65_HS1-834228961_62-HQ-83894_Section_9
Agency: FBI
Page 92
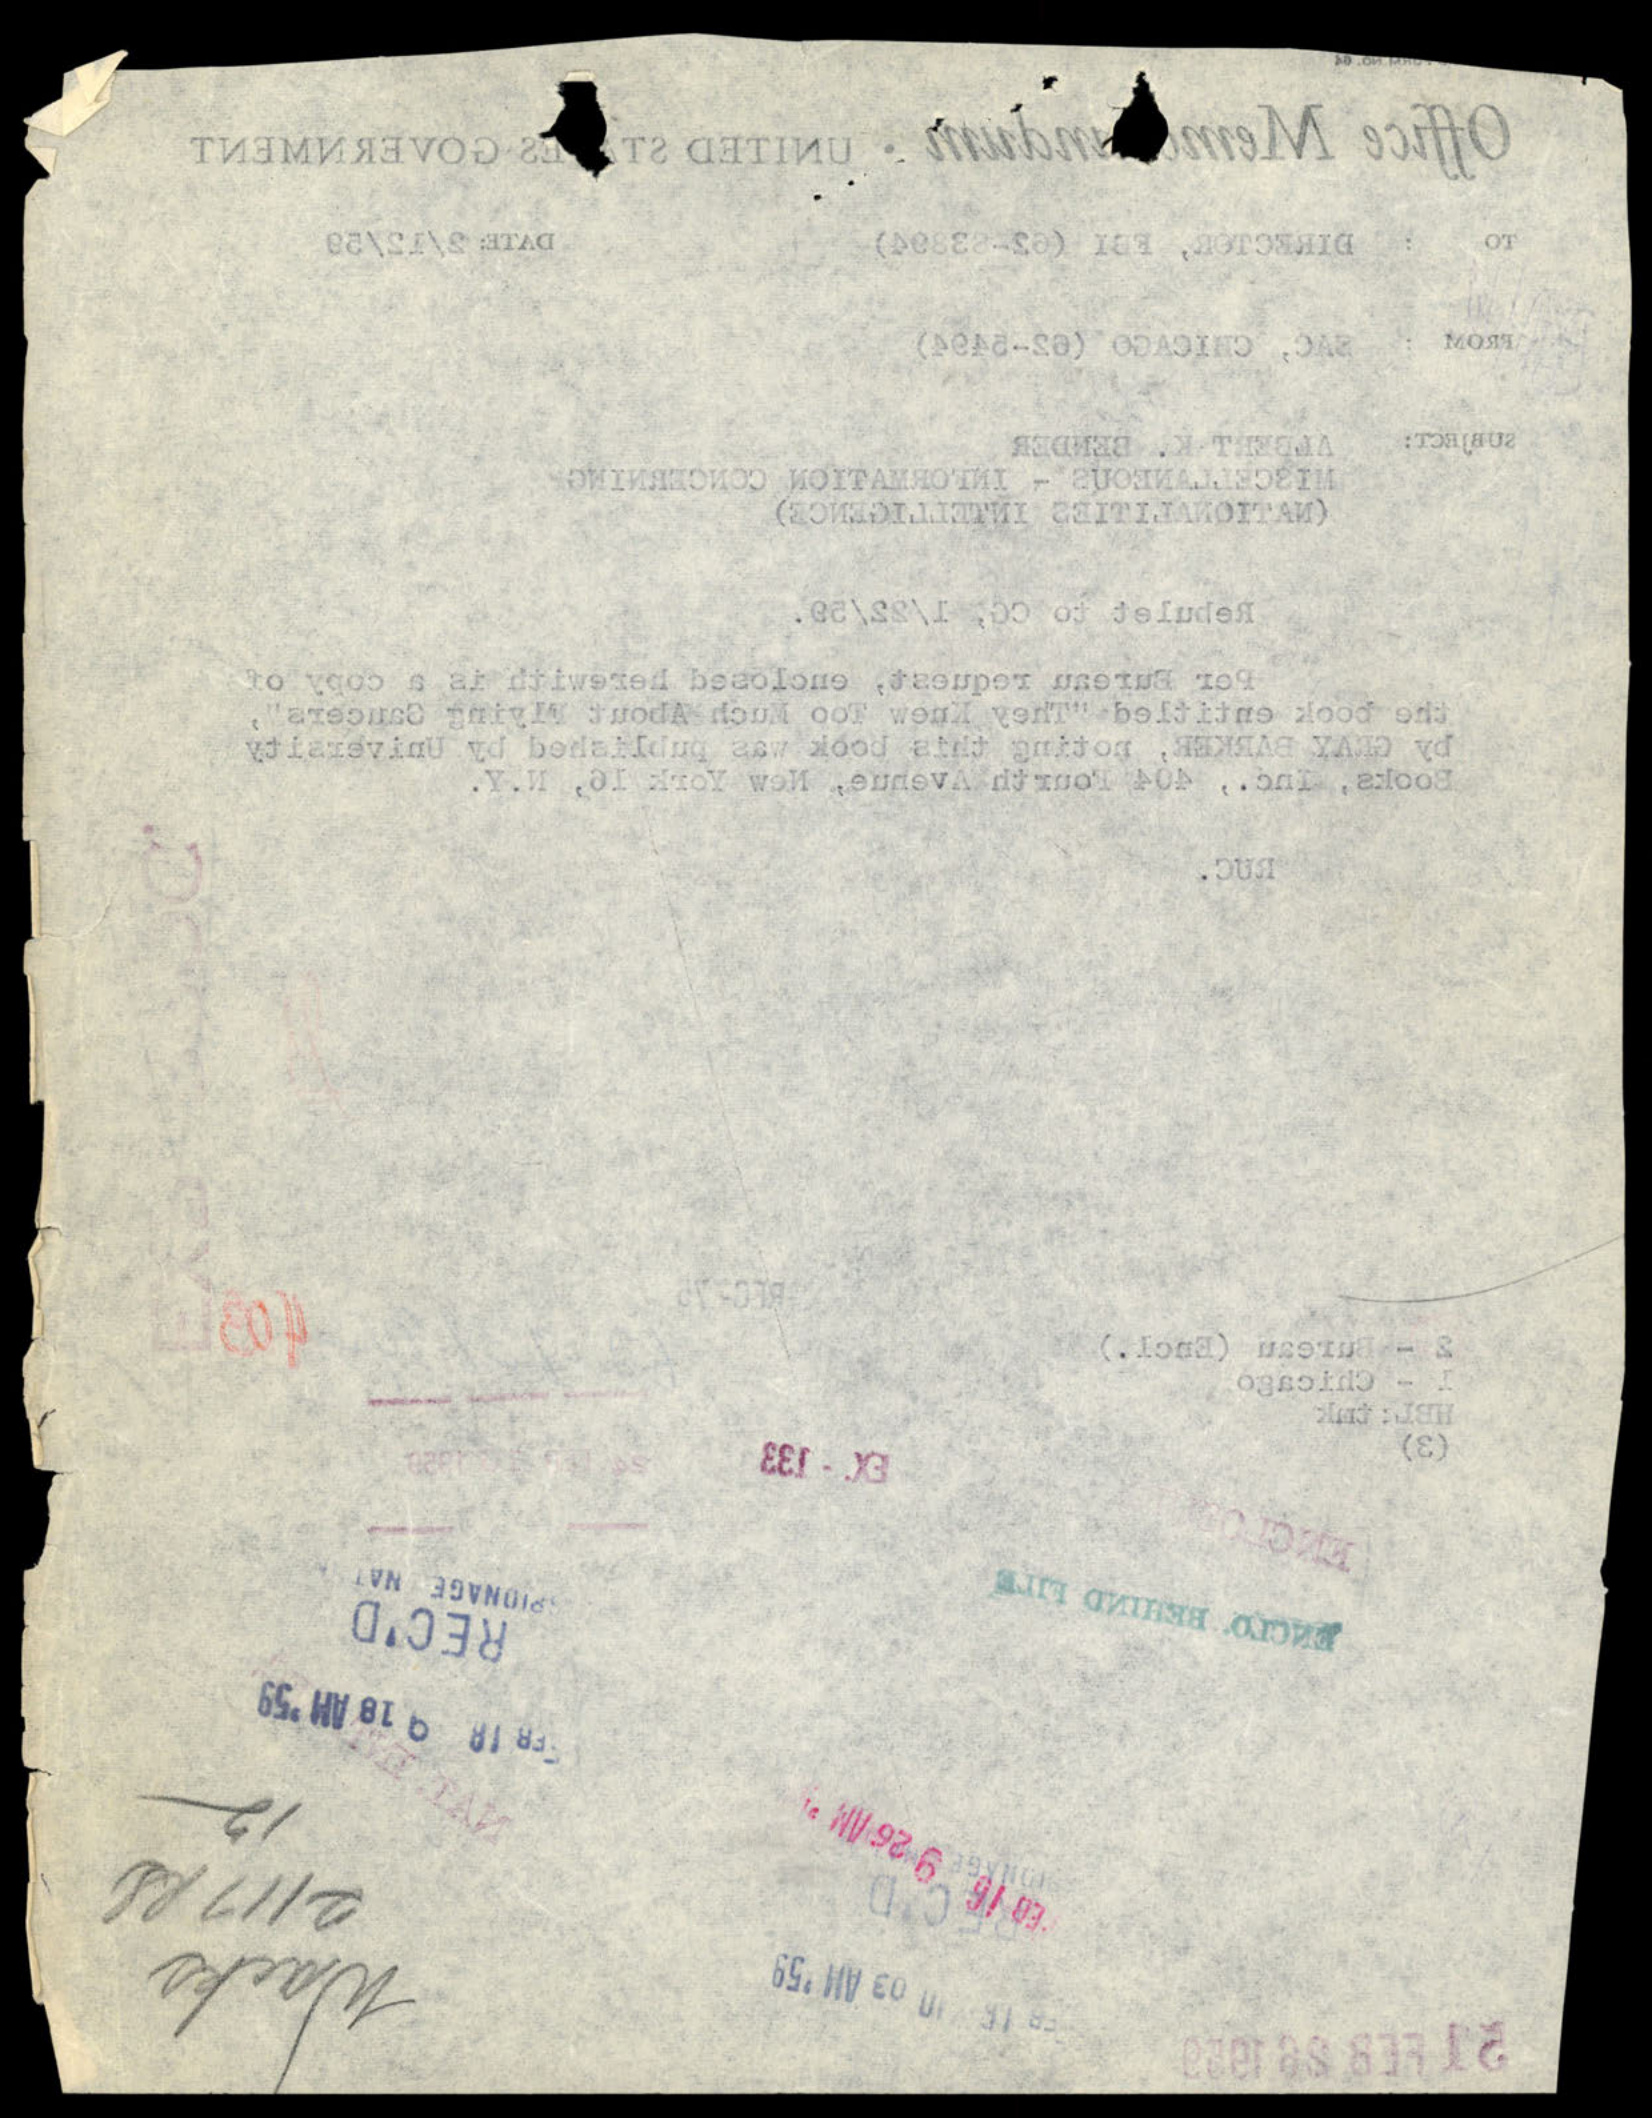